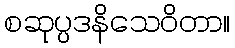
စဆုပ္ပဒနိသေဝိတာ။